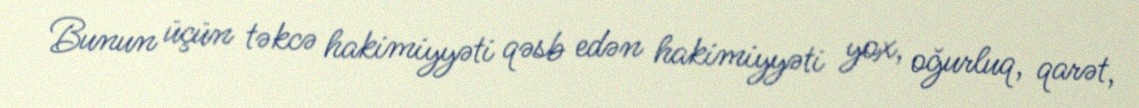
Bunun üçün təkcə hakimiyyəti qəsb edən hakimiyyəti yox, oğurluq, qarət,